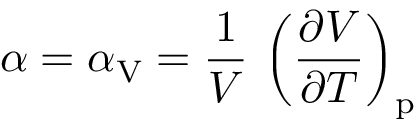
\alpha = \alpha _ { \mathrm { V } } = { \frac { 1 } { V } } \, \left( { \frac { \partial V } { \partial T } } \right) _ { \mathrm { p } }